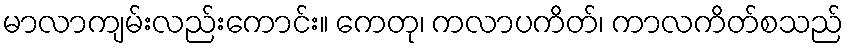
မာလာကျမ်းလည်းကောင်း။ ကေတု၊ ကလာပကိတ်၊ ကာလကိတ်စသည်